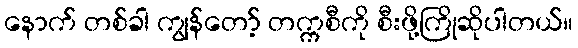
နောက် တစ်ခါ ကျွန်တော့် တက္ကစီကို စီးဖို့ကြိုဆိုပါတယ်။